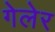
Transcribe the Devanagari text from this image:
गेलेर